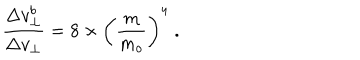
{ \frac { \Delta v _ { \bot } ^ { b } } { \Delta v _ { \bot } } } = 8 \times \left( { \frac { m } { m _ { o } } } \right) ^ { 4 } \; .